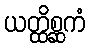
ယတ္ထိစ္ဆကံ